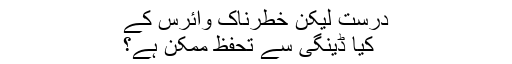
درست لیکن خطرناک وائرس کے
کیا ڈینگی سے تحفظ ممکن ہے؟